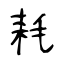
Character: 耗